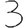
Digit: 3